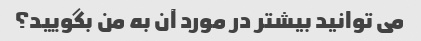
می توانید بیشتر در مورد آن به من بگویید؟